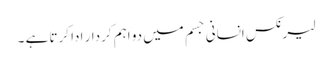
لیرنکس انسانی جسم میں دو اہم کردار ادا کرتا ہے ۔